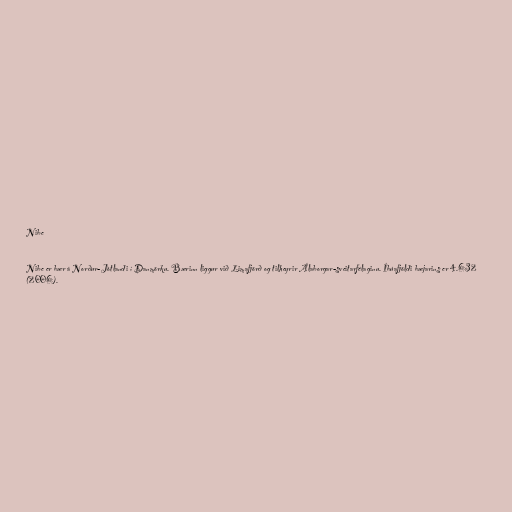
Nibe

Nibe er bær á Norður-Jótlandi í Danmörku. Bærinn liggur við Limafjörð og tilheyrir Álaborgar-sveitarfélaginu. Íbúafjöldi bæjarins er 4.632
(2006).